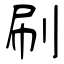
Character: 刷